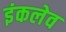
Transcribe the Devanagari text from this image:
इंकलेव